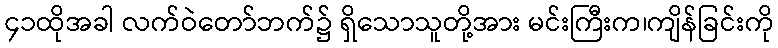
၄၁ထိုအခါ လက်ဝဲတော်ဘက်၌ ရှိသောသူတို့အား မင်းကြီးက၊ကျိန်ခြင်းကို